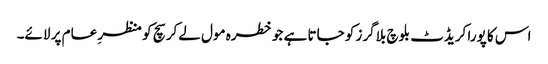
اس کا پورا کریڈٹ بلوچ بلاگرز کو جاتا ہے جو خطرہ مول لےکر سچ کو منظرِ عام پر لائے۔